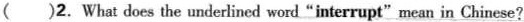
()2.What does the underlined word "interrupt"mean in Chinese?